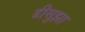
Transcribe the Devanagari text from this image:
डीसुझा